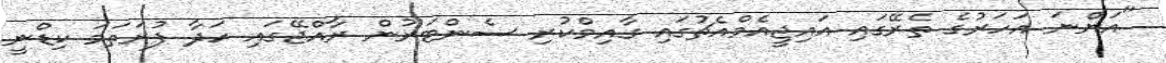
"އަންނަ އަހަރުގެ ތެރޭގައި އައިޖީއެމްއެޗުގައި ގާއިމްކުރި ސެންޓަރުން ރާއްޖޭގައި ހަދާ ފުރަތަމަ ކިޑްނީ